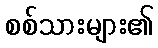
စစ်သားများ၏